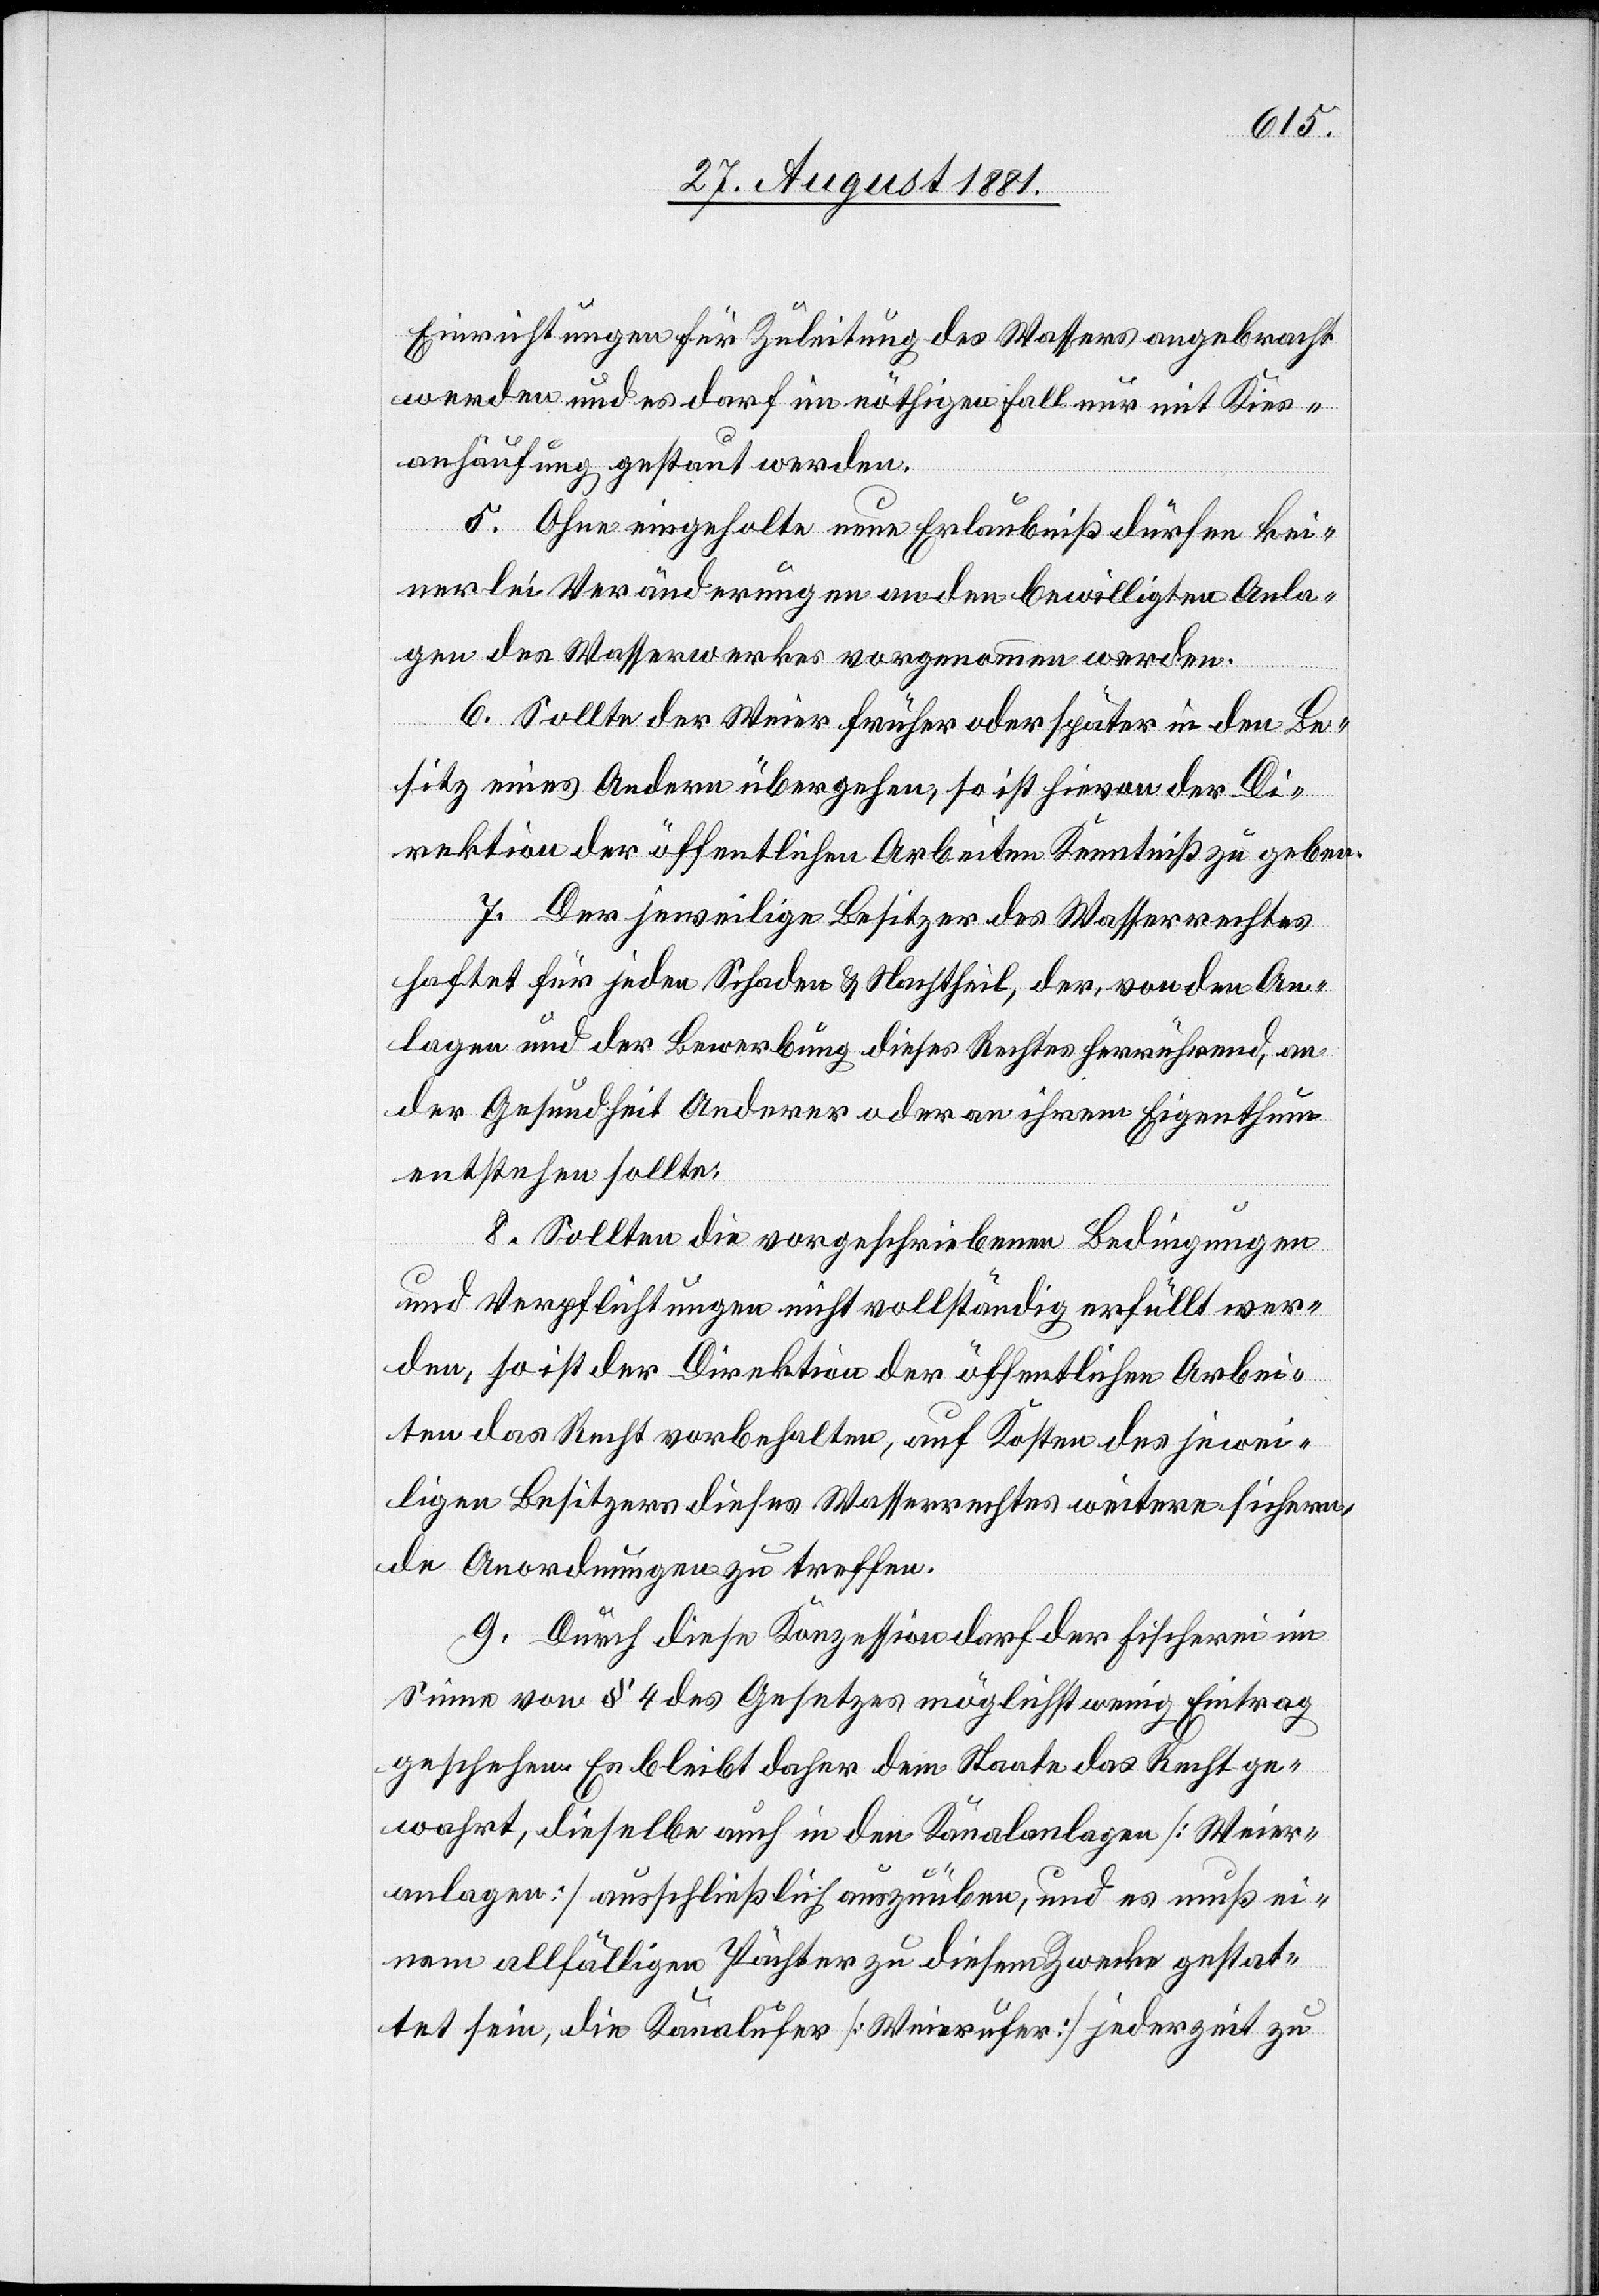
Einrichtungen für Zuleitung des Wassers angebracht
werden und es darf im nöthigen Fall nur mit Kies¬
aufhäufung getarnt werden.
5. Ohne eingeholte neue Erlaubniß dürfen kei¬
nerlei Veränderung an den bewilligten Anla¬
gen des Wasserwerkes vorgenommen werden.
6. Sollte der Weier früher oder später in den Be¬
sitz eines Andern übergehen, so ist hievon der Di¬
rektion der öffentlichen Arbeiten Kenntniß zu geben.
7. Der jeweilige Besitzer des Wasserrechtes
haftet für jeden Schaden & Nachtheil, der, von den An¬
lagen und der Bewerbung dieses Rechtes herrührend, an
der Gesundheit Anderer oder an ihrem Eigenthum
entstehen sollte:
8. Sollten die vorgeschriebenen Bedingungen
und Verpflichtungen nicht vollständig erfüllt wer¬
den, so ist der Direktion der öffentlichen Arbei¬
ten das Recht vorbehalten, auf Kosten des jewei¬
ligen Besitzers dieses Wasserrechtes weitere sichern¬
de Anordnungen zu treffen.
9. Durch diese Konzession darf der Fischerei im
Sinne von § 4 des Gesetzes möglichst wenig Eintrag
geschehen. Es bleibt daher dem Staate das Recht ge¬
wahrt, dieselbe auch in den Kanalanlagen [Weier¬
anlagen] ausschließlich auszuüben, und es muß ei¬
nem allfälligen Pächter zu diesem Zwecke gestat¬
tet sein, die Kanalufer [Weierufer] jederzeit zu